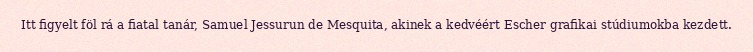
Itt figyelt föl rá a fiatal tanár, Samuel Jessurun de Mesquita, akinek a kedvéért Escher grafikai stúdiumokba kezdett.